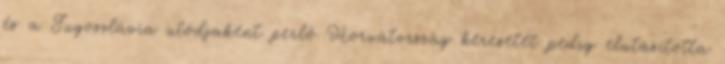
és a Jugoszlávia utódjaként perlő Horvátország keresetét pedig elutasította